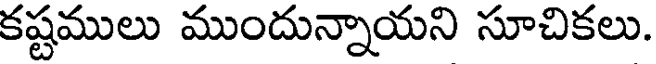
కష్టములు ముందున్నాయని సూచికలు.